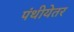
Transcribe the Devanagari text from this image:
पंथीयेतर